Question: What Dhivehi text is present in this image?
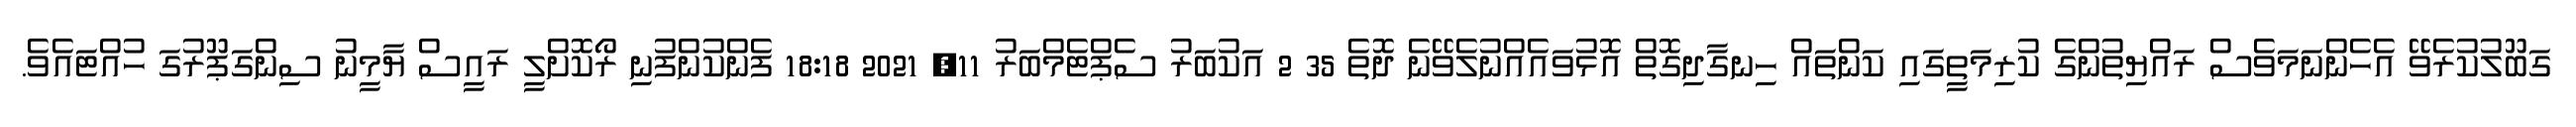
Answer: ގަބޫލުކުރެވޭ އެހެންނަމަވެސް ރައްޔިތުންގެ ކުރިމަތީގައި ކަންތައް ހިނގާދިގޮތް އޮޅުވައެއްނުލެވޭނެ ދޮތެ 35 2 އަކުބަރު ސެޕްޓެމްބަރު 11, 2021 18:18 ފެންކުންފުނި ރޯކޮށްލީ ރައީސް ޔާމީނު ސިންގަޕޫރުގަ ހުއްޓައެވެ.